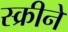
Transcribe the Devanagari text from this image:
स्क्रीने